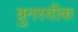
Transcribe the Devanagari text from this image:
ब्रुनस्वीक